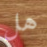
هل